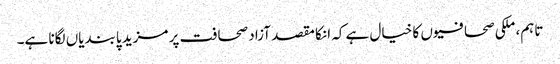
تاہم، ملکی صحافیوں کا خیال ہے کہ انکا مقصد آزاد صحافت پر مزید پابندیاں لگانا ہے۔